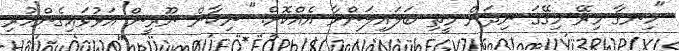
"ހިނގާ މިރޭ މިގޭގަ ނިދަން މީތި ބަލައިލަންށާ އެއްކޮށް." ނިކާން ނޫރީން އަޅުވައިގެންހުރި